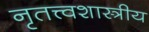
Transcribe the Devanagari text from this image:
नृतत्त्वशास्त्रीय